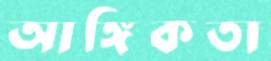
আঙ্গিকতা